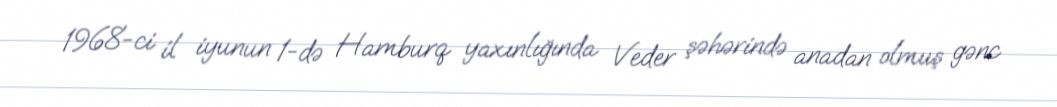
1968-ci il iyunun 1-də Hamburq yaxınlığında Veder şəhərində anadan olmuş gənc